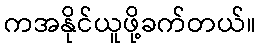
ကအနိုင်ယူဖို့ခက်တယ်။